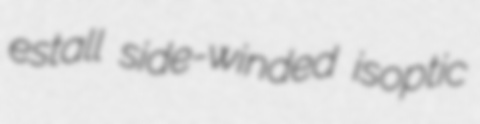
estall side-winded isoptic